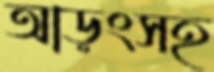
আড়ংসহ